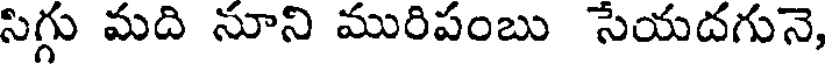
సిగ్గు మది నూని మురిపంబు సేయదగునె,